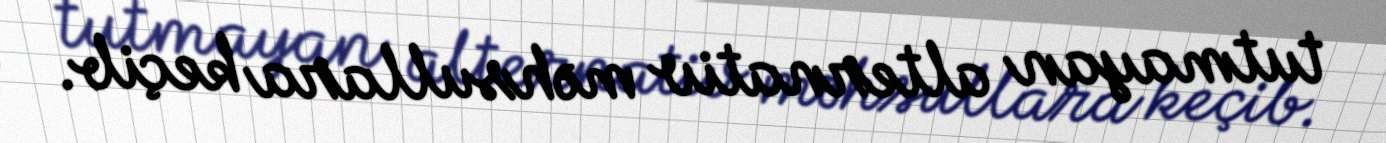
tutmayan alternativ məhsullara keçib.